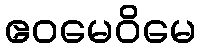
ဧဝမေဝိမေ